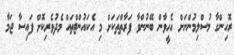
ރޮހިންގާ މުސްލިމުންނަށް އެހީވާން ބޭނުންވާ ފަރާތްތަކަށް މި އެކައުންޓްތައް މެދުވެރިކޮށް ފައިސާ ޖަމާ